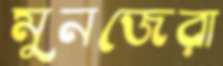
মুনজেরা